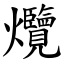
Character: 爦